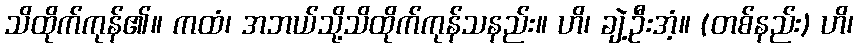
သိထိုက်ကုန်၏။ ကထံ၊ အဘယ်သို့သိထိုက်ကုန်သနည်း။ ဟိ၊ ချဲ့ဦးအံ့။ (တစ်နည်း) ဟိ၊